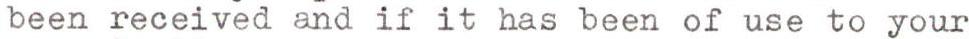
been received and if it has been of use to your